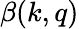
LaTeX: \beta(k,q)